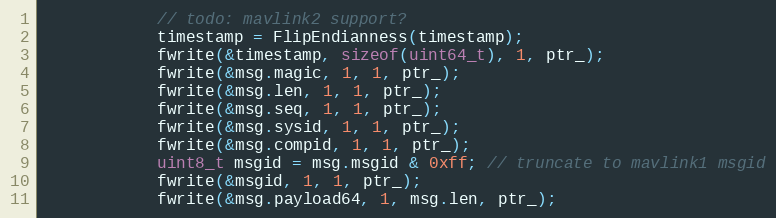
Language: C++
            // todo: mavlink2 support?
            timestamp = FlipEndianness(timestamp);
			fwrite(&timestamp, sizeof(uint64_t), 1, ptr_);
			fwrite(&msg.magic, 1, 1, ptr_);
			fwrite(&msg.len, 1, 1, ptr_);
			fwrite(&msg.seq, 1, 1, ptr_);
			fwrite(&msg.sysid, 1, 1, ptr_);
			fwrite(&msg.compid, 1, 1, ptr_);
            uint8_t msgid = msg.msgid & 0xff; // truncate to mavlink1 msgid
			fwrite(&msgid, 1, 1, ptr_);
			fwrite(&msg.payload64, 1, msg.len, ptr_);